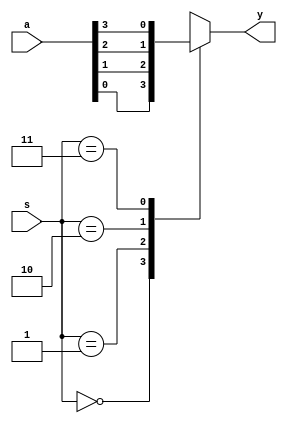
`timescale 1ns / 1ps
module mux_4to1(a,s,y );
input [3:0]a;
input [1:0]s;
output y;
reg y;
always@(s,a)
begin
case(s)
2'b00:y =a[0];
2'b01:y =a[1];
2'b10:y =a[2];
2'b11:y =a[3];
endcase
end
endmodule